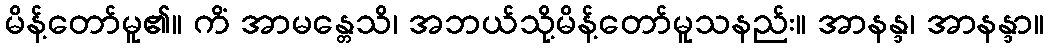
မိန့်တော်မူ၏။ ကိံ အာမန္တေသိ၊ အဘယ်သို့မိန့်တော်မူသနည်း။ အာနန္ဒ၊ အာနန္ဒာ။